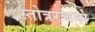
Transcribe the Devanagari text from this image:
स्तोत्ररचना